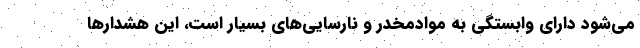
می‌شود دارای وابستگی به موادمخدر و نارسایی‌های بسیار است، این هشدارها